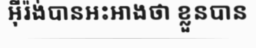
អ៊ីរ៉ង់បានអះអាងថា ខ្លួនបាន